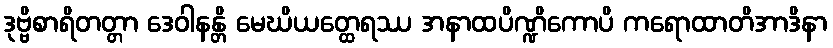
ဒုဗ္ဗိစာရိတတ္တာ ဒေဝါနန္တိ မေဃိယတ္ထေရဿ အနာထပိဏ္ဍိကောပိ ကရောထာတိအာဒိနာ